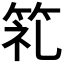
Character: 𮅍